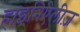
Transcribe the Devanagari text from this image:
हाइनिऐलीज़